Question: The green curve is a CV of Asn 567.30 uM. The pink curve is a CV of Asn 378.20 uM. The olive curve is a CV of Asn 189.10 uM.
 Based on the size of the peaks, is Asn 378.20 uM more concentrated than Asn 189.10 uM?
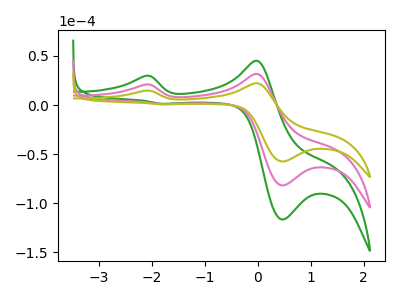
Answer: <think>The green curve "Asn 567.30 uM" has anodic peaks at (-2.10V, 41.65uA) (-0.05V, 63.30uA) and cathodic peaks at (0.45V, -163.75uA) (-1.80V, 1.80uA). The pink curve "Asn 378.20 uM" has anodic peaks at (-2.10V, 20.85uA) (-0.05V, 31.65uA) and cathodic peaks at (0.45V, -81.85uA) (-1.80V, 0.90uA). The olive curve "Asn 189.10 uM" has anodic peaks at (-2.10V, 14.65uA) (-0.05V, 22.25uA) and cathodic peaks at (0.45V, -57.50uA) (-1.80V, 0.65uA).
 All the peaks in "Asn 189.10 uM" have a peak in "Asn 378.20 uM" at the same potential.</think>
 <answer>I cant tell if "Asn 189.10 uM" or "Asn 378.20 uM" has higher concentration.</answer>
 <eval>mixed_concentration</eval>